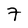
Character: 7